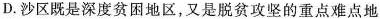
D.沙区既是深度贫困地区，又是脱贫攻坚的重点难点地